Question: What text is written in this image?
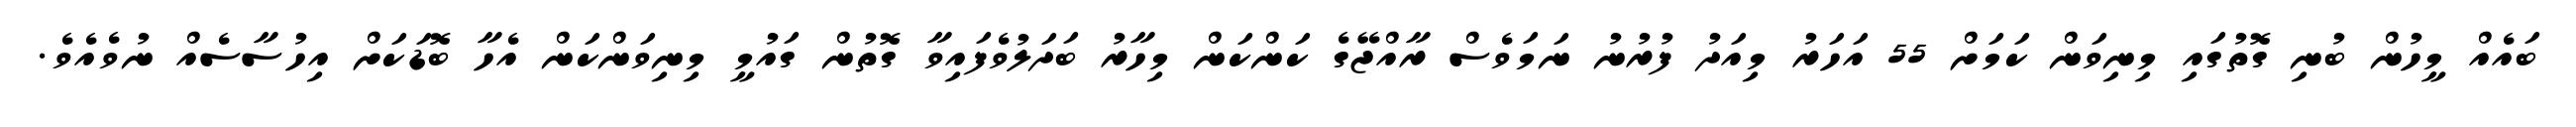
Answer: ބައެއް މީހުން ބުނި ގޮތުގައި މިނިވަން ކަމަށް 55 އަހަރު މިއަދު ފުރުނު ނަމަވެސް ރާއްޖޭގެ ކަންކަން މިހާރު ބަދަލުވެފައިވާ ގޮތުން ގައުމީ މިނިވަންކަން އެހާ ބޮޑަކަށް އިހުސާސެއް ނުވެއެވެ.